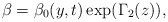
\begin{align*}\beta=\beta_{0}(y,t)\exp(\Gamma_{2}(z)), \end{align*}